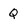
Character: Q